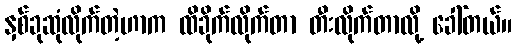
နှစ်ခုဆုံလိုက်တဲ့ဟာက ထိခိုက်လိုက်တာ တီးလိုက်တာလို့ ခေါ်တယ်။